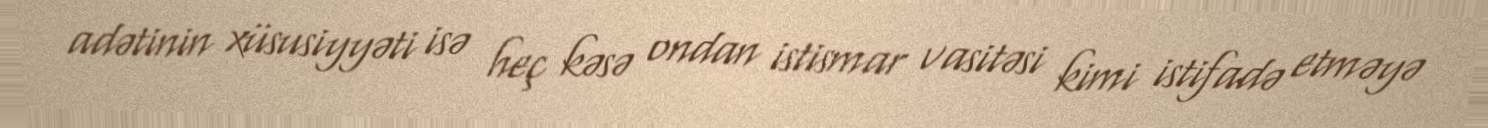
adətinin xüsusiyyəti isə heç kəsə ondan istismar vasitəsi kimi istifadə etməyə